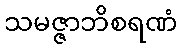
သမဇ္ဇာဘိစရဏံ